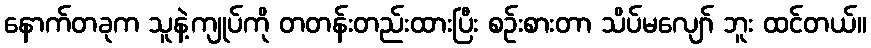
နောက်တခုက သူနဲ့ကျုပ်ကို တတန်းတည်းထားပြီး စဉ်းစားတာ သိပ်မလျော် ဘူး ထင်တယ်။